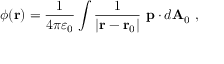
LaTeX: \phi ( \mathbf { r } ) = { \frac { 1 } { 4 \pi \varepsilon _ { 0 } } } \int { \frac { 1 } { \left| \mathbf { r } - \mathbf { r } _ { 0 } \right| } } \ \mathbf { p } \cdot d \mathbf { A } _ { 0 } \ ,